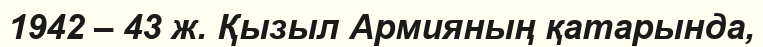
1942 – 43 ж. Қызыл Армияның қатарында,